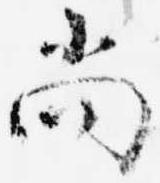
尚